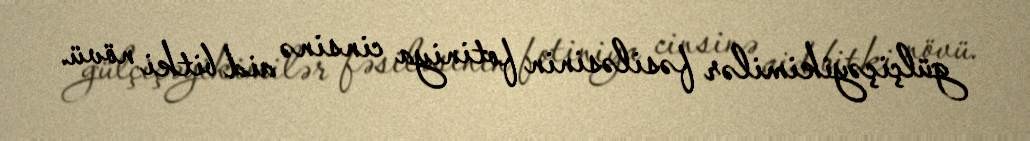
gülçiçəyikimilər fəsiləsinin fotiniya cinsinə aid bitki növü.